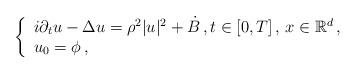
LaTeX: \begin{align*}\left\{\begin{array}{l}i\partial_t u-\Delta u= \rho^2 |u|^2 + \dot B \, , t\in [0,T] \, , \, x\in \mathbb{R}^d \, ,\\u_0=\phi\, ,\end{array}\right.\end{align*}